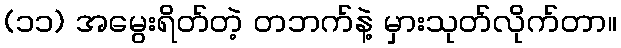
(၁၁) အမွေးရိတ်တဲ့ တဘက်နဲ့ မှားသုတ်လိုက်တာ။